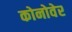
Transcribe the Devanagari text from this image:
कोनोवेर